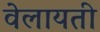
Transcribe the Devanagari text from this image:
वेलायती